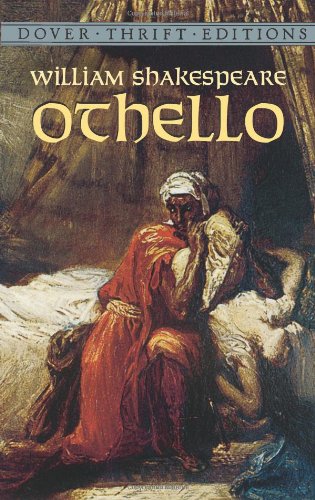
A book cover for Othello (Dover Thrift Editions); William Shakespeare; Literature & Fiction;